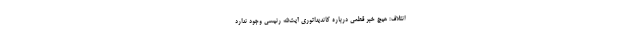
ائتلاف: هیچ خبر قطعی درباره کاندیداتوری آیت‌الله رئیسی وجود ندارد